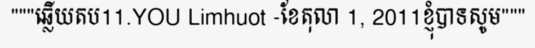
"""ឆ្លើយតប11.YOU Limhuot -ខែតុលា 1, 2011ខ្ញុំបាទសូម"""